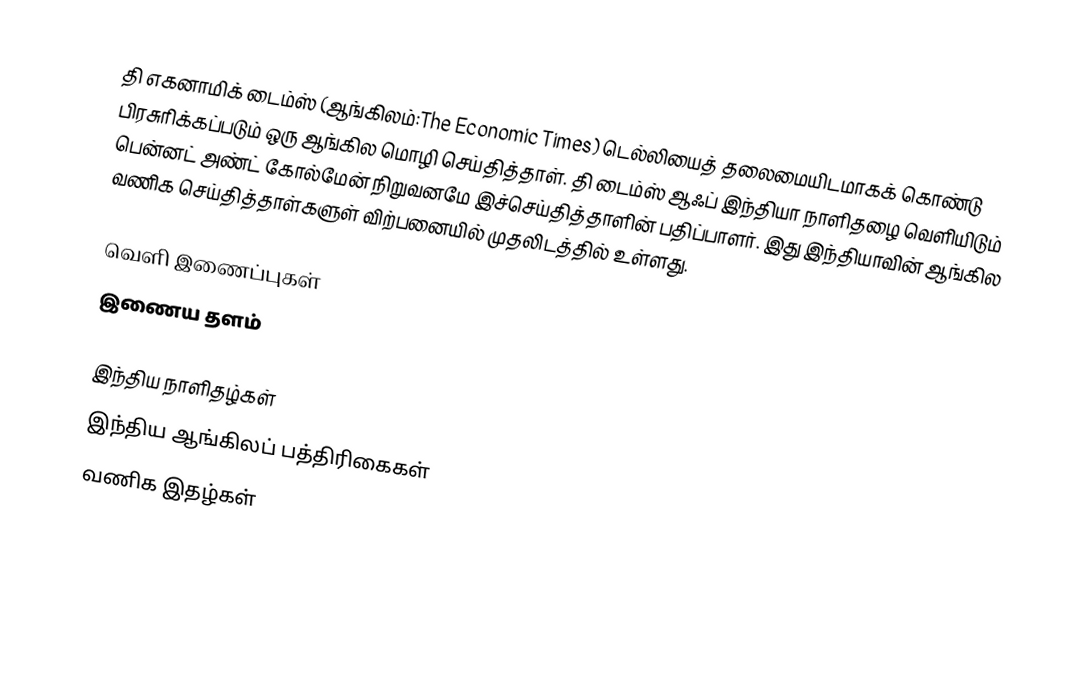
தி எகனாமிக் டைம்ஸ் (ஆங்கிலம்:The Economic Times) டெல்லியைத் தலைமையிடமாகக் கொண்டு பிரசுரிக்கப்படும் ஒரு ஆங்கில மொழி செய்தித்தாள். தி டைம்ஸ் ஆஃப் இந்தியா நாளிதழை வெளியிடும் பென்னட் அண்ட் கோல்மேன் நிறுவனமே இச்செய்தித்தாளின் பதிப்பாளர். இது இந்தியாவின் ஆங்கில வணிக செய்தித்தாள்களுள் விற்பனையில் முதலிடத்தில் உள்ளது.

வெளி இணைப்புகள்
  இணைய தளம்

இந்திய நாளிதழ்கள்
இந்திய ஆங்கிலப் பத்திரிகைகள்
வணிக இதழ்கள்